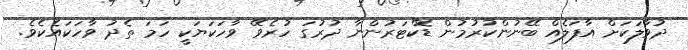
ދުވާލަކަށް އާފަލެއް ބޭނުންކުރުމުން ޑޮކްޓަރުންނާ ދުރުގަ ހުރެވޭ ވާހަކަޔަކީ ހަމަ ތެދު ވާހަކައެކެވެ.